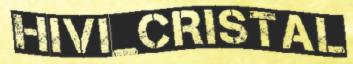
HIVI_CRISTAL